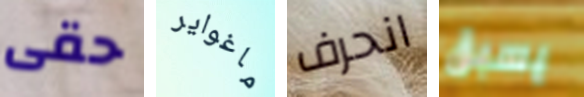
حقى ماغواير انحرف يسبق